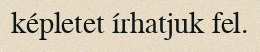
képletet írhatjuk fel.